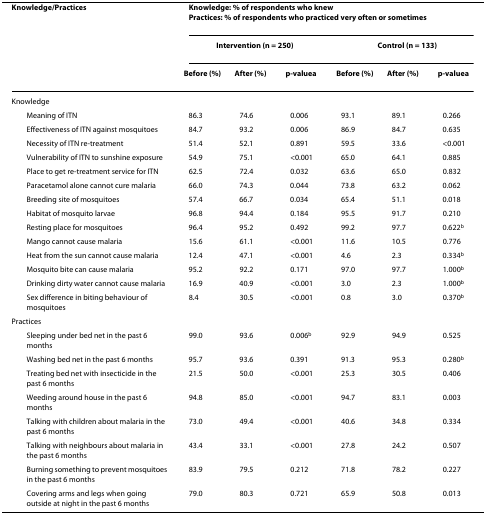
<table><thead><tr><td><b>Knowledge/Practices</b></td><td colspan="6"><b>Knowledge: % of respondents who knewPractices: % of respondents who practiced very often or sometimes</b></td></tr><tr><td></td><td colspan="3"><b>Intervention (n = 250)</b></td><td colspan="3"><b>Control (n = 133)</b></td></tr><tr><td></td><td><b>Before (%)</b></td><td><b>After (%)</b></td><td><b><i>p</i>-value<sup>a</sup></b></td><td><b>Before (%)</b></td><td><b>After (%)</b></td><td><b><i>p</i>-value<sup>a</sup></b></td></tr></thead><tbody><tr><td>Knowledge</td><td></td><td></td><td></td><td></td><td></td><td></td></tr><tr><td> Meaning of ITN</td><td>86.3</td><td>74.6</td><td>0.006</td><td>93.1</td><td>89.1</td><td>0.266</td></tr><tr><td> Effectiveness of ITN against mosquitoes</td><td>84.7</td><td>93.2</td><td>0.006</td><td>86.9</td><td>84.7</td><td>0.635</td></tr><tr><td> Necessity of ITN re-treatment</td><td>51.4</td><td>52.1</td><td>0.891</td><td>59.5</td><td>33.6</td><td>&lt;0.001</td></tr><tr><td> Vulnerability of ITN to sunshine exposure</td><td>54.9</td><td>75.1</td><td>&lt;0.001</td><td>65.0</td><td>64.1</td><td>0.885</td></tr><tr><td> Place to get re-treatment service for ITN</td><td>62.5</td><td>72.4</td><td>0.032</td><td>63.6</td><td>65.0</td><td>0.832</td></tr><tr><td> Paracetamol alone cannot cure malaria</td><td>66.0</td><td>74.3</td><td>0.044</td><td>73.8</td><td>63.2</td><td>0.062</td></tr><tr><td> Breeding site of mosquitoes</td><td>57.4</td><td>66.7</td><td>0.034</td><td>65.4</td><td>51.1</td><td>0.018</td></tr><tr><td> Habitat of mosquito larvae</td><td>96.8</td><td>94.4</td><td>0.184</td><td>95.5</td><td>91.7</td><td>0.210</td></tr><tr><td> Resting place for mosquitoes</td><td>96.4</td><td>95.2</td><td>0.492</td><td>99.2</td><td>97.7</td><td>0.622<sup>b</sup></td></tr><tr><td> Mango cannot cause malaria</td><td>15.6</td><td>61.1</td><td>&lt;0.001</td><td>11.6</td><td>10.5</td><td>0.776</td></tr><tr><td> Heat from the sun cannot cause malaria</td><td>12.4</td><td>47.1</td><td>&lt;0.001</td><td>4.6</td><td>2.3</td><td>0.334<sup>b</sup></td></tr><tr><td> Mosquito bite can cause malaria</td><td>95.2</td><td>92.2</td><td>0.171</td><td>97.0</td><td>97.7</td><td>1.000<sup>b</sup></td></tr><tr><td> Drinking dirty water cannot cause malaria</td><td>16.9</td><td>40.9</td><td>&lt;0.001</td><td>3.0</td><td>2.3</td><td>1.000<sup>b</sup></td></tr><tr><td> Sex difference in biting behaviour of mosquitoes</td><td>8.4</td><td>30.5</td><td>&lt;0.001</td><td>0.8</td><td>3.0</td><td>0.370<sup>b</sup></td></tr><tr><td>Practices</td><td></td><td></td><td></td><td></td><td></td><td></td></tr><tr><td> Sleeping under bed net in the past 6 months</td><td>99.0</td><td>93.6</td><td>0.006<sup>b</sup></td><td>92.9</td><td>94.9</td><td>0.525</td></tr><tr><td> Washing bed net in the past 6 months</td><td>95.7</td><td>93.6</td><td>0.391</td><td>91.3</td><td>95.3</td><td>0.280<sup>b</sup></td></tr><tr><td> Treating bed net with insecticide in the past 6 months</td><td>21.5</td><td>50.0</td><td>&lt;0.001</td><td>25.3</td><td>30.5</td><td>0.406</td></tr><tr><td> Weeding around house in the past 6 months</td><td>94.8</td><td>85.0</td><td>&lt;0.001</td><td>94.7</td><td>83.1</td><td>0.003</td></tr><tr><td> Talking with children about malaria in the past 6 months</td><td>73.0</td><td>49.4</td><td>&lt;0.001</td><td>40.6</td><td>34.8</td><td>0.334</td></tr><tr><td> Talking with neighbours about malaria in the past 6 months</td><td>43.4</td><td>33.1</td><td>&lt;0.001</td><td>27.8</td><td>24.2</td><td>0.507</td></tr><tr><td> Burning something to prevent mosquitoes in the past 6 months</td><td>83.9</td><td>79.5</td><td>0.212</td><td>71.8</td><td>78.2</td><td>0.227</td></tr><tr><td> Covering arms and legs when going outside at night in the past 6 months</td><td>79.0</td><td>80.3</td><td>0.721</td><td>65.9</td><td>50.8</td><td>0.013</td></tr></tbody></table>